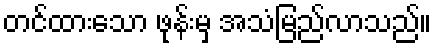
တင်ထားသော ဖုန်းမှ အသံမြည်လာသည်။